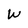
Character: W